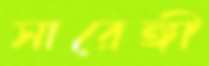
সারেঙ্গী